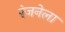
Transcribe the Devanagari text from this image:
रंजनेला